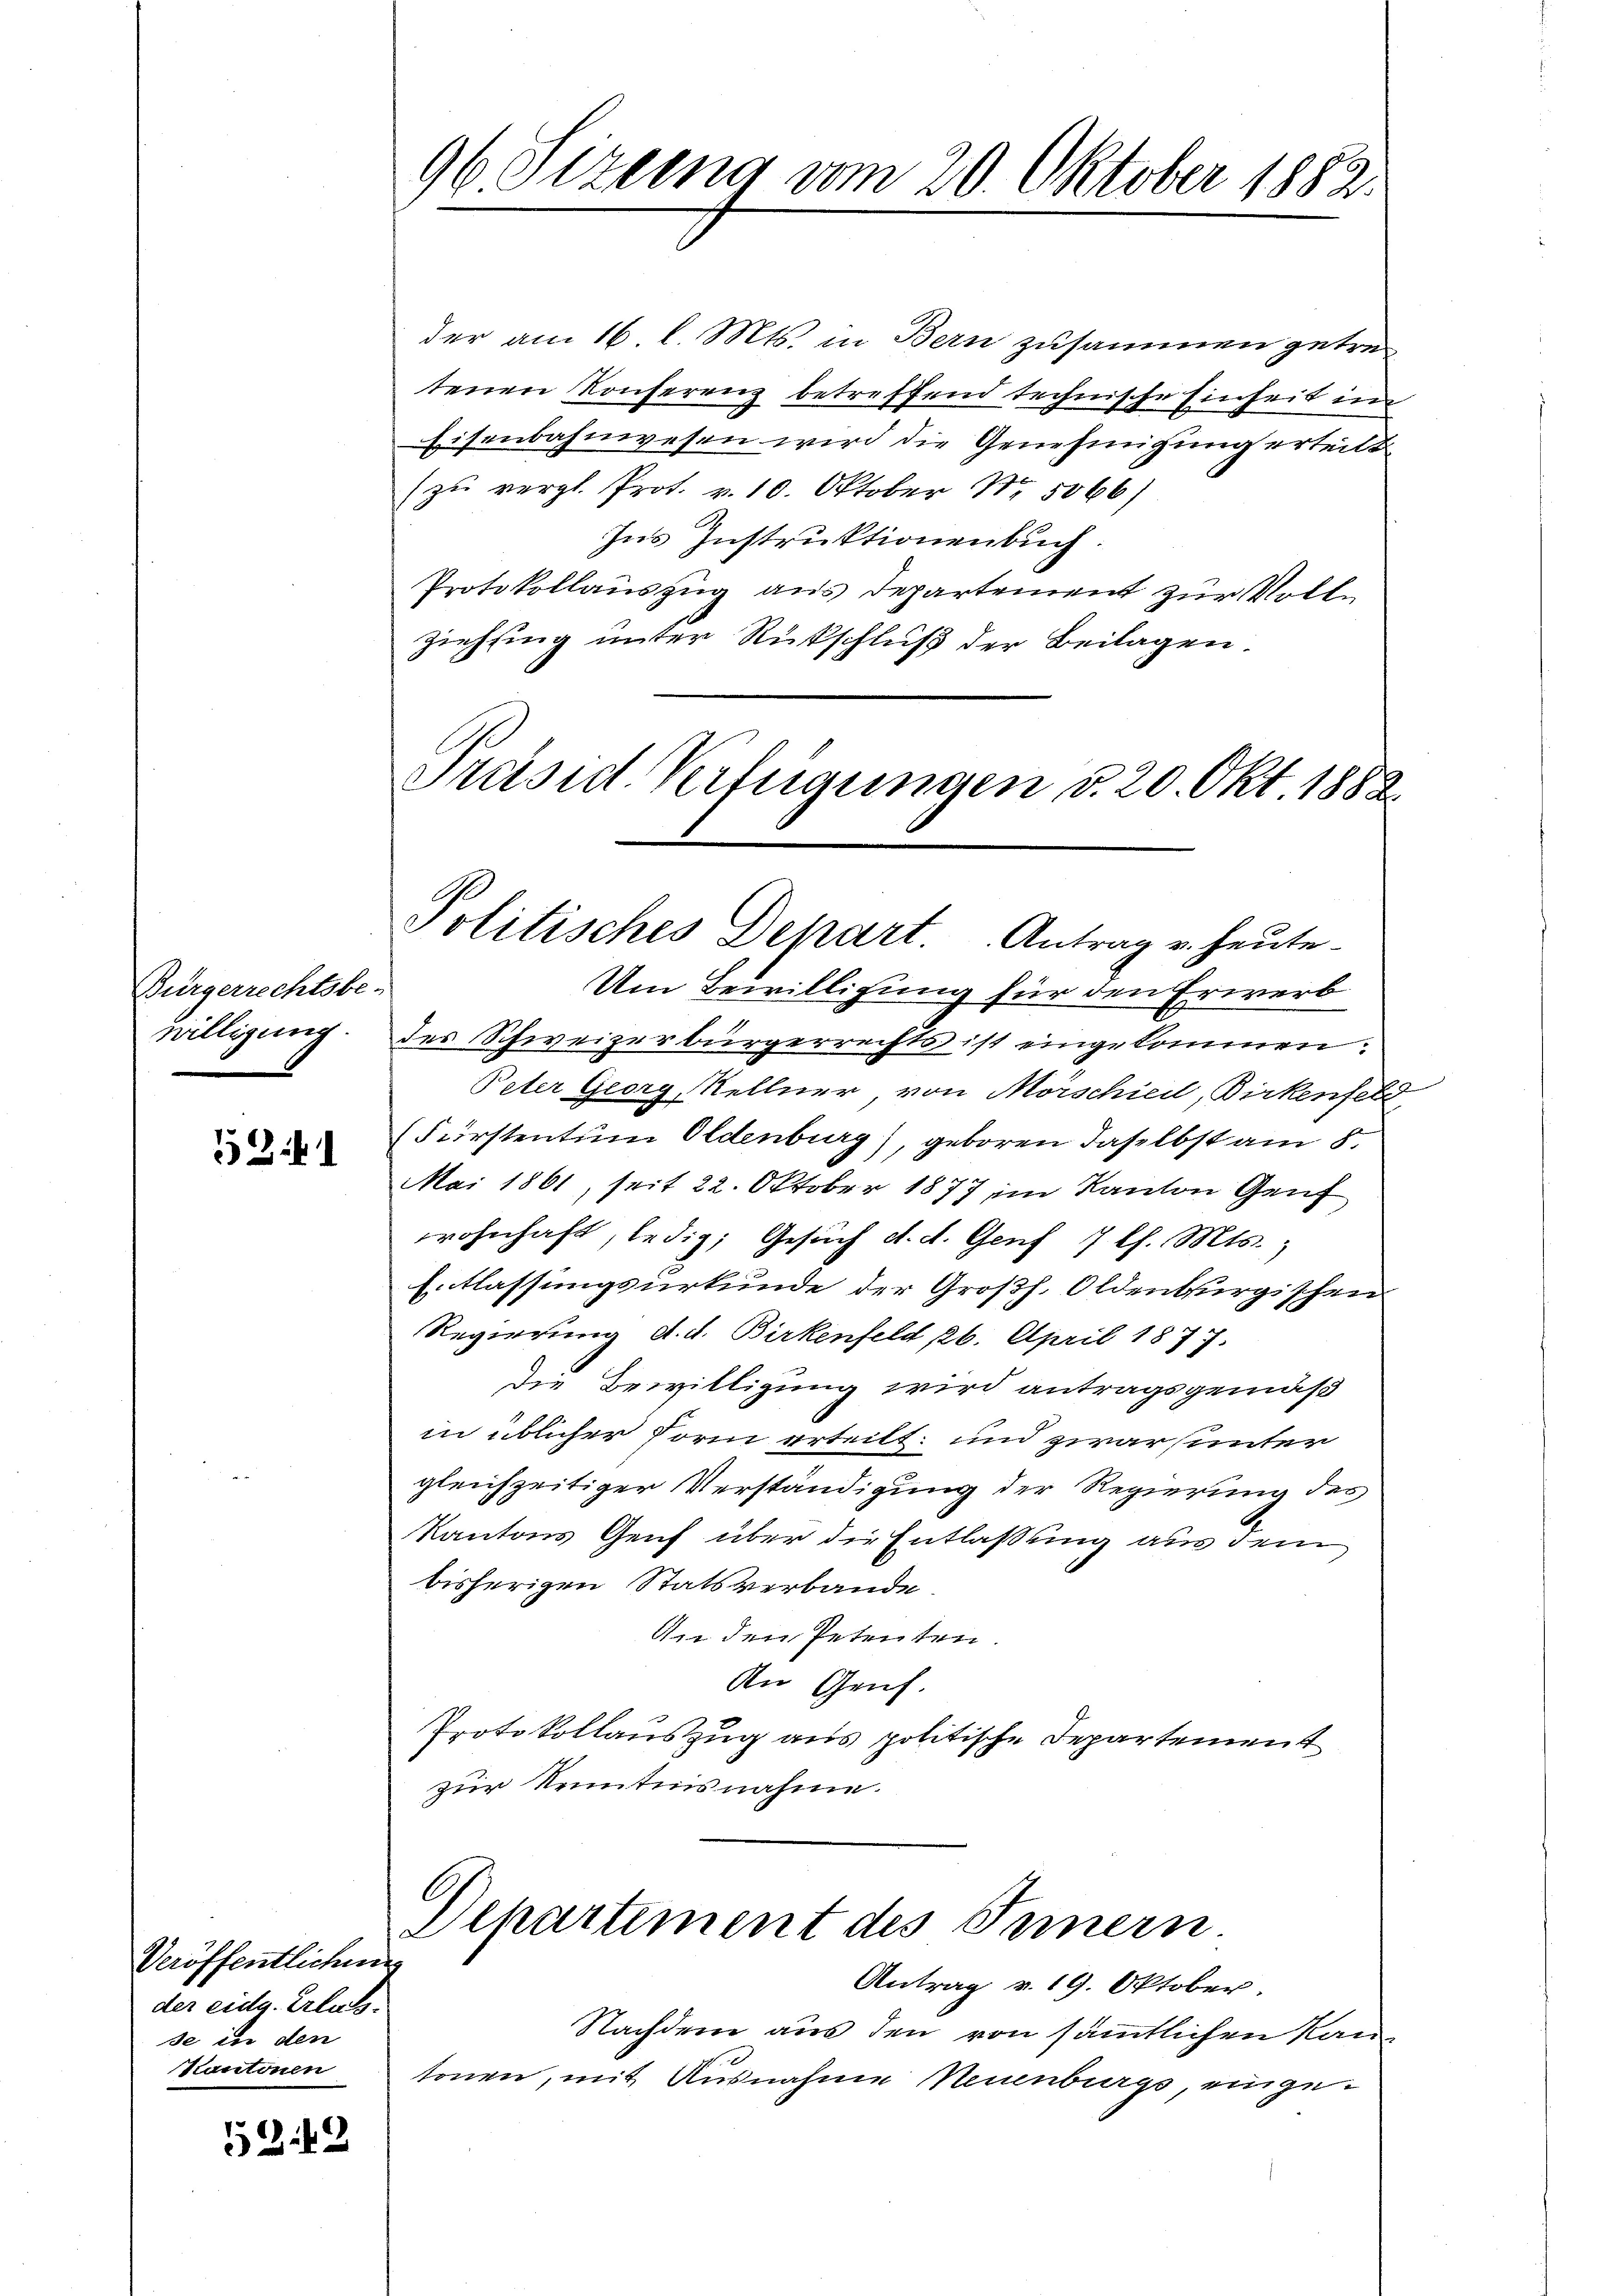
Bürgerrechtsbe-
willigung.

52

der am 16 l. Mts. in Bern zusammen getre
tenen Konferenz betreffend technische Einheit im
Eisenbahnwesen wird die Genehmigung erteilt
(zu vergl. Prot. v. 10. Oktober Nr. 5066)
Ins Instruktionenbuch.
Protokollauszug aus Departement zur Vollziehsing unter Rückschluß der Beilagen
Präsid. Verfügungen v. 20. Okt. 1882.

Um Bewilligung für den Erwerb
des Schweizerbürgerrechts ist eingekommen:
Peter Georg, Sellner von Morschied, Birkenfeld
(Fürstentum Oldenburg), geboren daselbst am 8
Mai 1861, seit 22. Oktober 1877 im Kanton Genf
wohnhaft, ledig, Gesŭch d. d. Genf 7 l. Mts.,
Entlassungsurkunde der Großh. Oldenburgischen
Regierung d. d. Birkenfeld, 26. April 1877.
Die Bewilligung wird antragsgemäß
in üblicher Form erteilt; und zwar unter
gleichzeitiger Verständigung der Regierung des
Kantons Genf über die Entlaßung aus dem
bisherigen Statsverbande
An den Petenten.
An Genf.
Protokollauszug aus politische Departement
zur Kenntnisnahme.

Veröffentlichen
der eidg. Erlass.
se in den
Kantonen

1242

96 Sezung vom 20. Oktober 1882.

Politisches Depart Antrag u. heute

C
Departement des Innern

Antrag v. 19. Oktober.
Nachdem aus den von sämmtlichen Kantonen, mit Ausnahme Neuenburgs einge¬